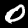
Digit: 0